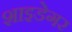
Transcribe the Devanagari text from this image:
शाइडेगर